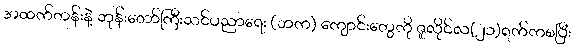
အထက်တန်းနဲ့ ဘုန်းတော်ကြီးသင်ပညာရေး (ဘက) ကျောင်းတွေကို ဇူလိုင်လ(၂၁)ရက်ကစပြီး